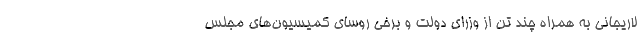
لاریجانی به همراه چند تن از وزرای دولت و برخی روسای کمیسیون‌های مجلس